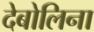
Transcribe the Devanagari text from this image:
देबोलिना